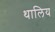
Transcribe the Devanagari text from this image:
थालिय